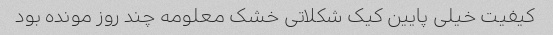
کیفیت خیلی پایین کیک شکلاتی خشک معلومه چند روز مونده بود